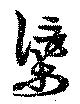
渠